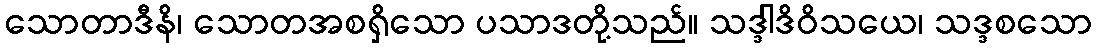
သောတာဒီနိ၊ သောတအစရှိသော ပသာဒတို့သည်။ သဒ္ဒါဒိဝိသယေ၊ သဒ္ဒစသော